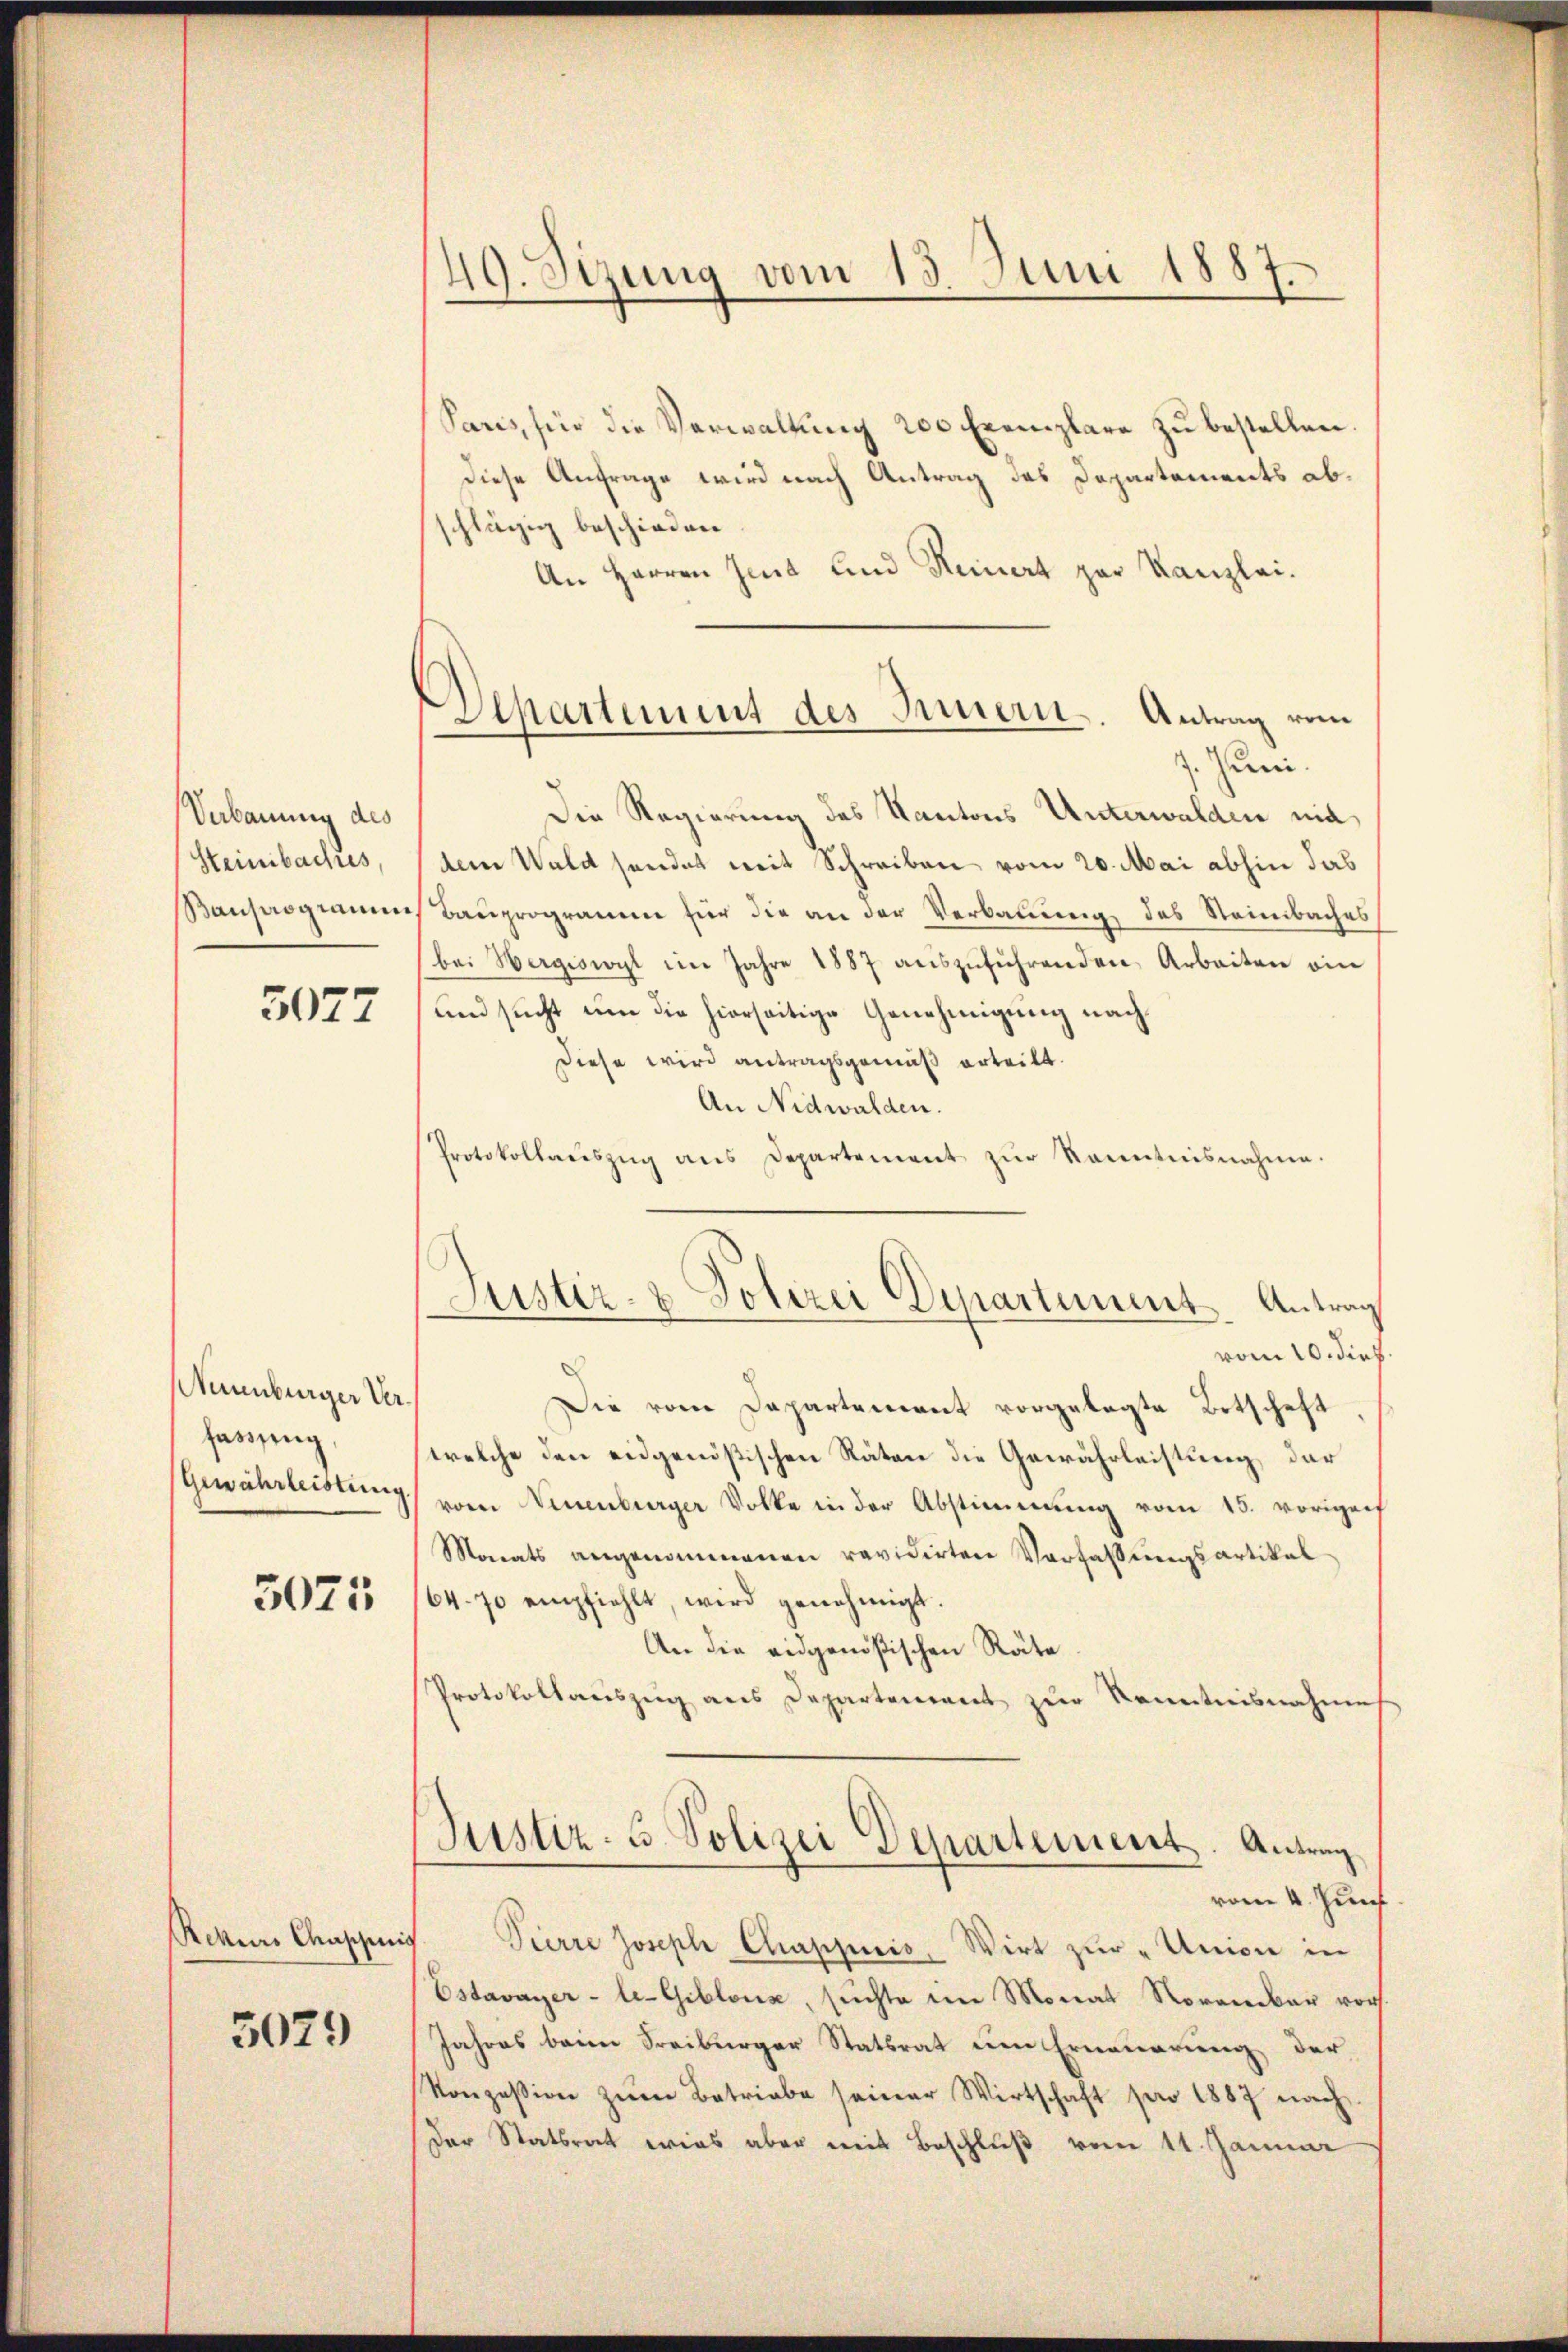
Verbauung des
Steinbaches,

5077

Wernenburger Verfassung,

3071

Rekurs Chappiris

5029

49. Sizung vom 13. Juni 1887.

Departement des Innern. Antrag vom
1. Juni.

Paris, für die Verwaltung 200 Exemplare zu bestellen.
diese Anfrage wird nach Antrag des Departements abchlägig beschieden
An Herren Zeit und Heinert zur Kanzlei.
Die Regierung des Kantons Unterwalden nic
dem Wald sendet weit Schreiben vom 20. Mai abhin das
Bauprogramms Bauprogramm für die an der Verbauung des Steinbaches
bei Wergiswyl im Jahre 1887 aŭszŭführenden Arbeiten ein
und sucht um die hierseitige Genehmigung nach
Diese wird antragsgemäß erteilt.
An Nidwalden.
Protokollaŭszŭg ans Departement zŭr Kenntnisnahme.
Justiz- & Polizei Departement. Antrag
vom 10. dies
Die vom Departement vorgelegte Ortschaft
welche den eidgenößischen Räten die Gewährleistung der
Gewährleistung vom Neuenburger Volke in der Abstimmung vom 15. vorigenf
Monats angenommenen revidirten Verfassungsartikal
164. 70 empfiehlt, wird genehmigt.
An die eidgenößischen Räte
Protokollauszug aus Departement zur Kenntnisnahme
Justiz- u. Polizei Departement. Antrag
vom 4. Jun
Pierre Joseph Chappiis, Wirt zŭr "Union in
Estavayer-le-Gibloux, suchte im Monat November vor
Jahres beim Freiburger Statsrat um Erneuerung der
Konzession zŭm Betriebe seiner Wirtschaft pro 1887 nach
Der Statsrat wies aber mit Beschluß vom 11. Januar